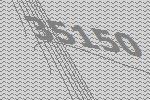
35150